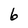
Character: 6